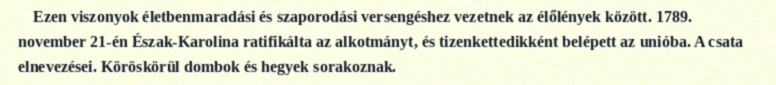
Ezen viszonyok életbenmaradási és szaporodási versengéshez vezetnek az élőlények között. 1789. november 21-én Észak-Karolina ratifikálta az alkotmányt, és tizenkettedikként belépett az unióba. A csata elnevezései. Köröskörül dombok és hegyek sorakoznak.